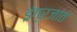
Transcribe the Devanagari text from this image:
इंग्रजांत